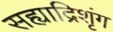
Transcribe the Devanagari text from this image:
सह्याद्रिशृंग